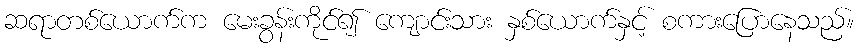
ဆရာတစ်ယောက်က မေးခွန်းကိုင်၍ ကျောင်းသား နှစ်ယောက်နှင့် စကားပြောနေသည်။